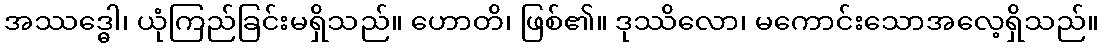
အဿဒ္ဓေါ၊ ယုံကြည်ခြင်းမရှိသည်။ ဟောတိ၊ ဖြစ်၏။ ဒုဿိလော၊ မကောင်းသောအလေ့ရှိသည်။